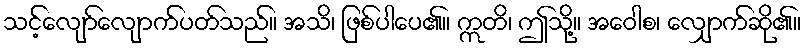
သင့်လျော်လျောက်ပတ်သည်။ အသိ၊ ဖြစ်ပါပေ၏။ ဣတိ၊ ဤသို့။ အဝေါစ၊ လျှောက်ဆို၏။